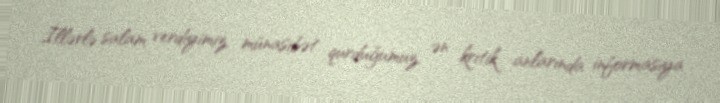
İllərlə salam verdiyimiz, münasibət qurduğumuz, ən kritik anlarında informasiya